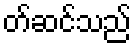
တ်ဆင်သည်